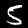
Digit: 5